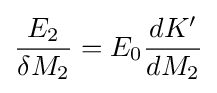
{\frac {E_{2}}{\delta M_{2}}}=E_{0}{\frac {dK'}{dM_{2}}}